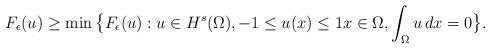
LaTeX: \begin{align*}F_\epsilon(u)\ge \min \big\{F_\epsilon(u): u\in H^s(\Omega),-1\le u(x)\le 1 x \in \Omega, \int_{\Omega}{u\,dx}=0\big\}.\end{align*}